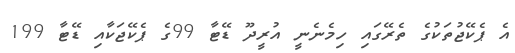
އެ ޕެކޭޖުތަކުގެ ތެރޭގައި ހިމެނެނީ އުރީދޫ ޑޭޓާ 99ގެ ޕެކޭޖަކާއި ޑޭޓާ 199